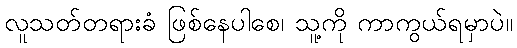
လူသတ်တရားခံ ဖြစ်နေပါစေ၊ သူ့ကို ကာကွယ်ရမှာပဲ။